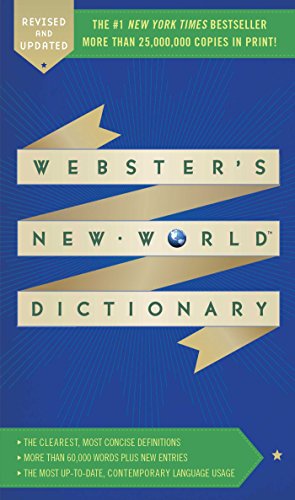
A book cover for Webster's New World Dictionary; Webster's New World; Reference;